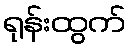
ရုန်းထွက်